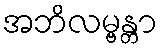
အဘိလမ္ဗန္တာ